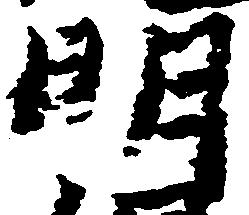
明